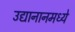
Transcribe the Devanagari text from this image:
उद्यानानमध्ये